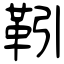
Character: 靷